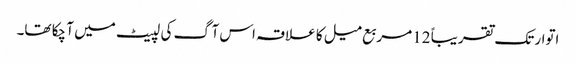
اتوار تک تقریباً 12 مربع میل کا علاقہ اس آگ کی لپیٹ میں آ چکا تھا۔